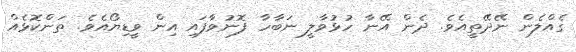
ގެއްލެން ނޭދޭތީއެވެ. ދެން އޭނާ ހުޅުވާލީ ނަބާހާ ފޮނުވާފައި އިން ވީޑިޔޯއެވެ. ތަންކޮޅެއް